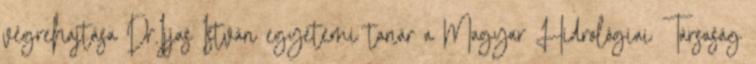
végrehajtása Dr.Ijjas István egyetemi tanár a Magyar Hidrológiai Társaság